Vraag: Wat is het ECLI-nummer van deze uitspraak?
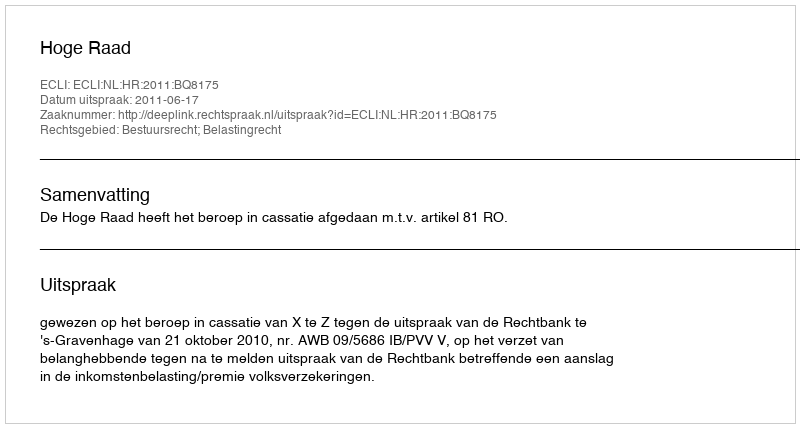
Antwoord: ECLI:NL:HR:2011:BQ8175